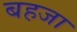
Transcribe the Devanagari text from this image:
बहजा